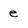
Character: e